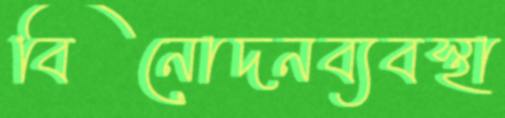
বিনোদনব্যবস্থা